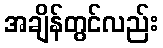
အချိန်တွင်လည်း